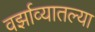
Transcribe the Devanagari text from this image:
वर्झाव्यातल्या